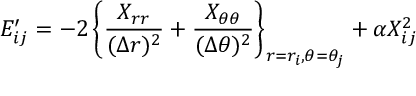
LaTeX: E _ { i j } ^ { \prime } = - 2 \left\{ \frac { X _ { r r } } { ( \Delta r ) ^ { 2 } } + \frac { X _ { \theta \theta } } { ( \Delta \theta ) ^ { 2 } } \right\} _ { r = r _ { i } , \theta = \theta _ { j } } + \alpha X _ { i j } ^ { 2 }